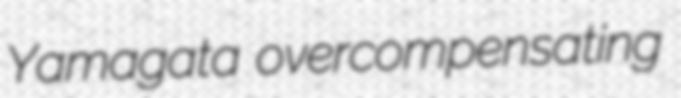
Yamagata overcompensating